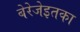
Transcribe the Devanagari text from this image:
बेरेजेइतका